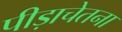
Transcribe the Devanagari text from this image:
पीड़ाचेतना